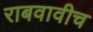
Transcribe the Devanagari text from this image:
राबवावीच